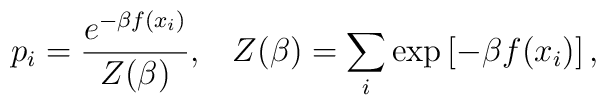
p_i={{e^{-\beta f(x_i)}} \over {Z(\beta )}}, \,\,\,\,\,Z(\beta )=\sum\limits_{i} {\exp \left[ {-\beta f(x_i)}\right],}